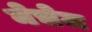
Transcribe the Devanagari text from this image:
नेचेज